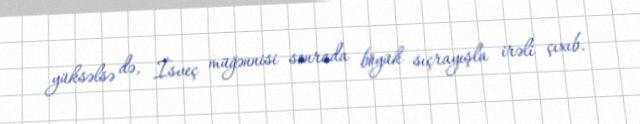
yüksəlsə də, İsveç müğənnisi sonrada böyük sıçrayışla irəli çıxıb.